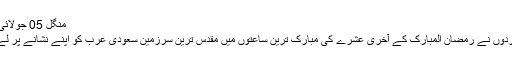
منگل 05 جولائی 2016
دہشت گردوں نے رمضان المبارک کے آخری عشرے کی مبارک ترین ساعتوں میں مقدس ترین سرزمین سعودی عرب کو اپنے نشانے پر لے لیا ہے۔